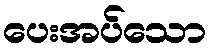
ပေးအပ်သော